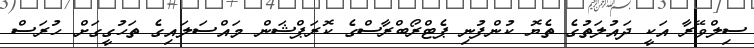
ސިލްވޭރާ އަކީ ދައުލަތުގެ ތެޔޮ ކުންފުނި ޕެޓްރޯބްރާސްގެ ކޮރަޕްޝަން މައްސަލައިގެ ތަހުގީގަށް ހުރަސް